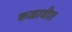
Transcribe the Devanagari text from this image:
कळावीत